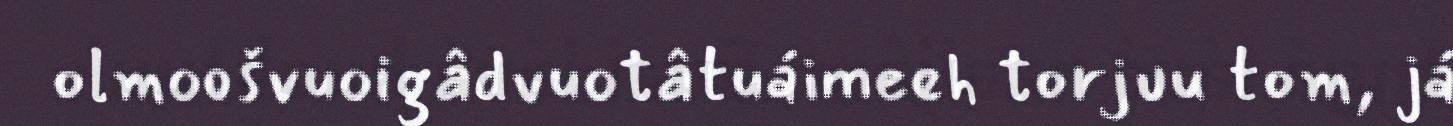
olmoošvuoigâdvuotâtuáimeeh torjuu tom, já